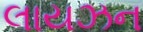
લાયઝન